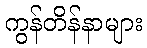
ကွန်တိန်နာများ